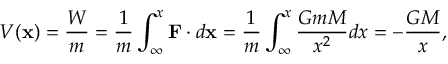
V ( \mathbf { x } ) = { \frac { W } { m } } = { \frac { 1 } { m } } \int _ { \infty } ^ { x } \mathbf { F } \cdot d \mathbf { x } = { \frac { 1 } { m } } \int _ { \infty } ^ { x } { \frac { G m M } { x ^ { 2 } } } d x = - { \frac { G M } { x } } ,